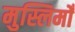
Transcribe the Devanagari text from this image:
मुस्लिमोँ